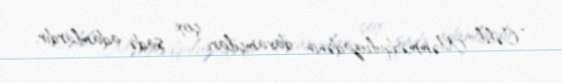
“Cəlil Məmmədquluzadənin davamçıları çox sadə adamlardır.